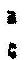
: